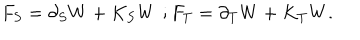
F _ { S } = \partial _ { S } W + K _ { S } W \, \, ; F _ { T } = \partial _ { T } W + K _ { T } W .